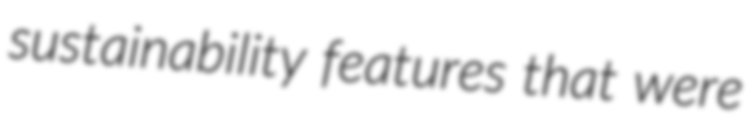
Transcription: sustainability features that were